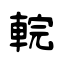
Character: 輐